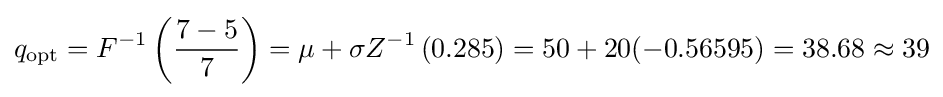
q_{\text{opt}}=F^{-1}\left({\frac {7-5}{7}}\right)=\mu +\sigma Z^{-1}\left(0.285\right)=50+20(-0.56595)=38.68\approx 39